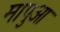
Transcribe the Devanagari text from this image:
मापुआ